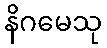
နိဂမေသု